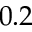
0 . 2